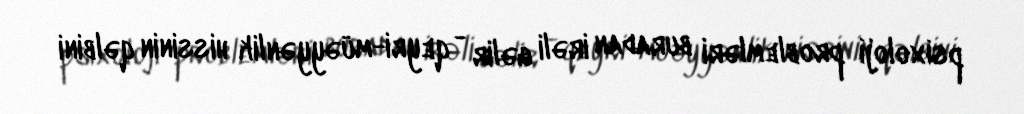
psixoloji problemləri buradan irəli gəlir - qeyri-müəyyənlik hissinin qəlbini